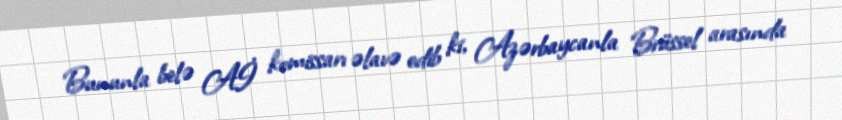
Bununla belə Aİ komissarı əlavə edib ki, Azərbaycanla Brüssel arasında